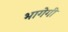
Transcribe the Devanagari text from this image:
भागेगी